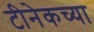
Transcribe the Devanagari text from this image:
टीनेकच्या